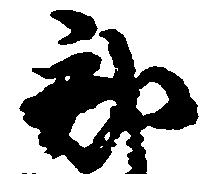
郡